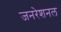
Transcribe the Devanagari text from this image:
जनरेशनल